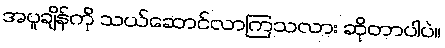
အပူချိန်ကို သယ်ဆောင်လာကြသလား ဆိုတာပါပဲ။